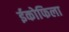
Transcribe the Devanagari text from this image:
ईकोफिला